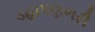
ડહાપણભરી